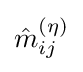
{\hat {m}}_{ij}^{(\eta )}